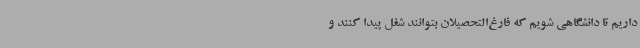
داریم تا دانشگاهی شویم که فارغ‌التحصیلان بتوانند شغل پیدا کنند و